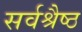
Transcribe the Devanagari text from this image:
सर्वश्रैष्ठ